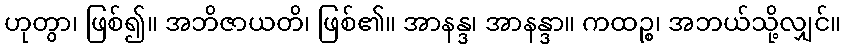
ဟုတွာ၊ ဖြစ်၍။ အဘိဇာယတိ၊ ဖြစ်၏။ အာနန္ဒ၊ အာနန္ဒာ။ ကထဉ္စ၊ အဘယ်သို့လျှင်။